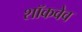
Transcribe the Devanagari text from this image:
शॉकवेव